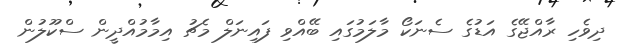
ދިވެހި ރާއްޖޭގެ އަޑުގެ ސެނަކޯ މާލަމުގައި ބޭއްވި ފައިނަލް މެޗު އިމާމުއްދީން ސްކޫލުން